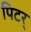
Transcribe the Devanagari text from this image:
पिटर्